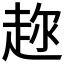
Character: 𬦍